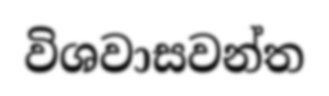
විශවාසවන්ත